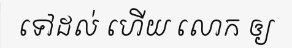
ទៅដល់ ហើយ លោក ឲ្យ